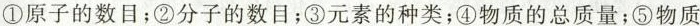
①原子的数目；②分子的数目；③元素的种类；④物质的总质量；⑤物质